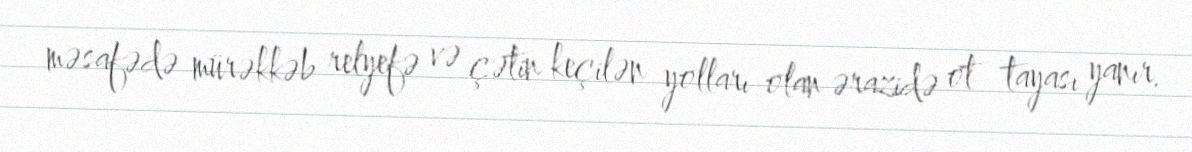
məsafədə mürəkkəb relyefə və çətin keçilən yolları olan ərazidə ot tayası yanır.